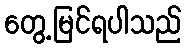
တွေ့မြင်ရပါသည်